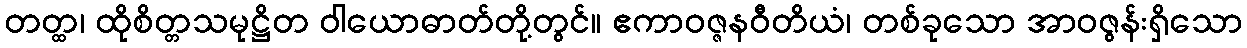
တတ္ထ၊ ထိုစိတ္တသမုဋ္ဌိတ ဝါယောဓာတ်တို့တွင်။ ဧကာဝဇ္ဇနဝီတိယံ၊ တစ်ခုသော အာဝဇွန်းရှိသော